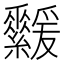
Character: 𦇻